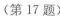
(第17题)